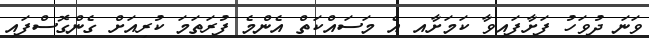
ވަނަ ދުވަހު ފަށާފައިވާ ކަމަށާއި އެ މަސައްކަތް އެންމެ ފުރަތަމަ ކުރިއަށް ގެންގޮސްފައި